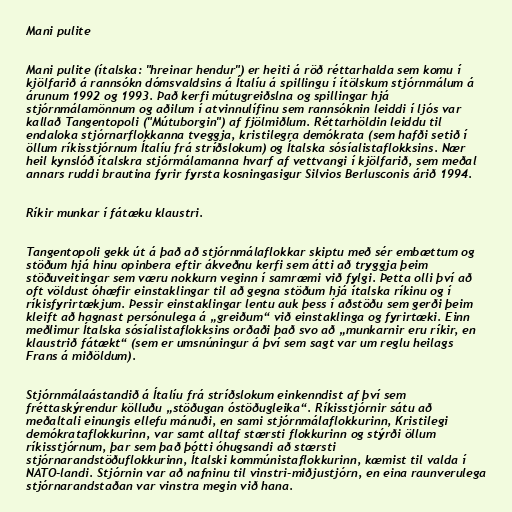
Mani pulite

Mani pulite (ítalska: "hreinar hendur") er heiti á röð réttarhalda sem komu í
kjölfarið á rannsókn dómsvaldsins á Ítalíu á spillingu í ítölskum stjórnmálum á
árunum 1992 og 1993. Það kerfi mútugreiðslna og spillingar hjá
stjórnmálamönnum og aðilum í atvinnulífinu sem rannsóknin leiddi í ljós var
kallað Tangentopoli ("Mútuborgin") af fjölmiðlum. Réttarhöldin leiddu til
endaloka stjórnarflokkanna tveggja, kristilegra demókrata (sem hafði setið í
öllum ríkisstjórnum Ítalíu frá stríðslokum) og Ítalska sósíalistaflokksins. Nær
heil kynslóð ítalskra stjórmálamanna hvarf af vettvangi í kjölfarið, sem meðal
annars ruddi brautina fyrir fyrsta kosningasigur Silvios Berlusconis árið 1994.

Ríkir munkar í fátæku klaustri.

Tangentopoli gekk út á það að stjórnmálaflokkar skiptu með sér embættum og
stöðum hjá hinu opinbera eftir ákveðnu kerfi sem átti að tryggja þeim
stöðuveitingar sem væru nokkurn veginn í samræmi við fylgi. Þetta olli því að
oft völdust óhæfir einstaklingar til að gegna stöðum hjá ítalska ríkinu og í
ríkisfyrirtækjum. Þessir einstaklingar lentu auk þess í aðstöðu sem gerði þeim
kleift að hagnast persónulega á „greiðum“ við einstaklinga og fyrirtæki. Einn
meðlimur Ítalska sósíalistaflokksins orðaði það svo að „munkarnir eru ríkir, en
klaustrið fátækt“ (sem er umsnúningur á því sem sagt var um reglu heilags
Frans á miðöldum).

Stjórnmálaástandið á Ítalíu frá stríðslokum einkenndist af því sem
fréttaskýrendur kölluðu „stöðugan óstöðugleika“. Ríkisstjórnir sátu að
meðaltali einungis ellefu mánuði, en sami stjórnmálaflokkurinn, Kristilegi
demókrataflokkurinn, var samt alltaf stærsti flokkurinn og stýrði öllum
ríkisstjórnum, þar sem það þótti óhugsandi að stærsti
stjórnarandstöðuflokkurinn, Ítalski kommúnistaflokkurinn, kæmist til valda í
NATO-landi. Stjórnin var að nafninu til vinstri-miðjustjórn, en eina raunverulega
stjórnarandstaðan var vinstra megin við hana.